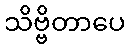
သိဗ္ဗိတာပေ